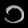
Digit: ၁